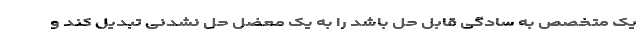
یک متخصص به سادگی قابل حل باشد را به یک معضل حل نشدنی تبدیل کند و